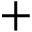
+